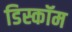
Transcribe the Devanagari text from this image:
डिस्कॉम